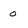
Character: 0